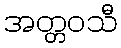
အတ္တဝသီ